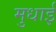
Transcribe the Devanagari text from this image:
मुधाई